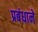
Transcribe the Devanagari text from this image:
प्रबंधाने